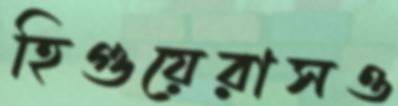
হিগুয়েরাসও